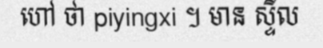
ហៅ ថា piyingxi ។ មាន ស្ទីល